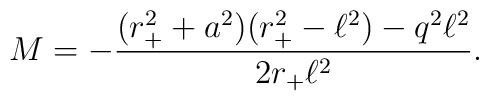
M=-\frac{(r_+^2+a^2)(r_+^2-\ell^2)-q^2 \ell^2}{2r_+\ell^2}.